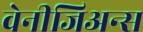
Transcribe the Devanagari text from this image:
वेनीजिअन्स